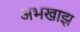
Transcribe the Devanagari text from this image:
अभखाझ